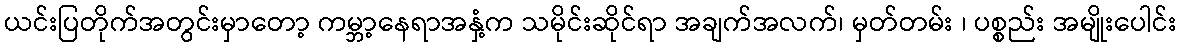
ယင်းပြတိုက်အတွင်းမှာတော့ ကမ္ဘာ့နေရာအနှံ့က သမိုင်းဆိုင်ရာ အချက်အလက်၊ မှတ်တမ်း ၊ ပစ္စည်း အမျိုးပေါင်း